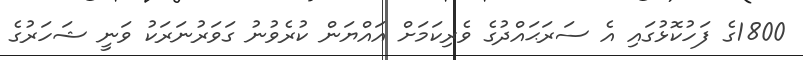
1800ގެ ފަހުކޮޅުގައި އެ ސަރަޙައްދުގެ ވެރިކަމަށް އައްޔަން ކުރެވުނު ގަވަރުނަރަކު ވަނީ ޝަހަރުގެ